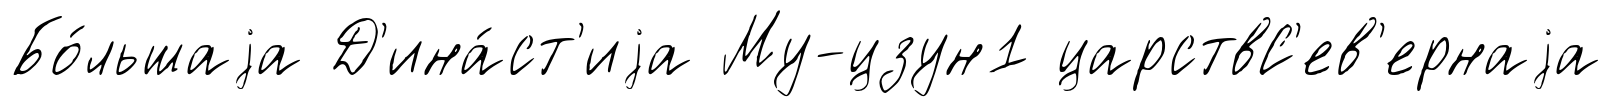
Бо́льшаjа Д'ина́ст'иjа Му-цзун1 царствС'ев'ернаjа